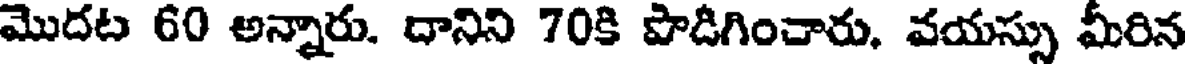
మొదట 60 అన్నారు. దానిని 70కి పొడిగించారు, వయస్సు మీరిన